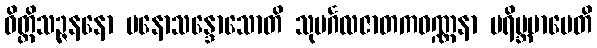
ဝိတ္တိသဉ္ဇနနော မနောသန္ဒောသောတိ သုမင်္ဂလဇာတကဝဏ္ဏနာ ပရိဗ္ဘမာပေတိ